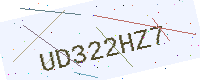
Text: UD322HZ7